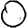
Digit: 0